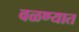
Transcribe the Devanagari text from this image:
वळण्यात